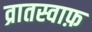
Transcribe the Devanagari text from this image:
व्रातस्वाफ़